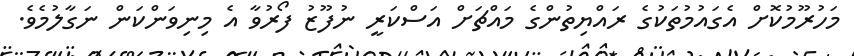
މަހުރޫމުކޮށް އެގައުމުތަކުގެ ރައްޔިތުންގެ މައްޗަށް އަސްކަރީ ނުފޫޒު ފޯރުވާ އެ މިނިވަންކަން ނަގާލުމެވެ.